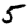
Digit: 5